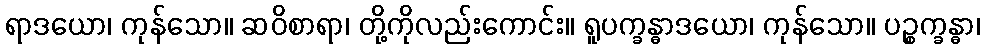
ရာဒယော၊ ကုန်သော။ ဆဝိစာရာ၊ တို့ကိုလည်းကောင်း။ ရူပက္ခန္ဓာဒယော၊ ကုန်သော။ ပဉ္စက္ခန္ဓာ၊